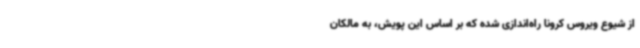
از شیوع ویروس کرونا راه‌اندازی شده که بر اساس این پویش، به مالکان